Annual administration report of the Civil Veterinary Department of India - 1896-1897
Year: 1896
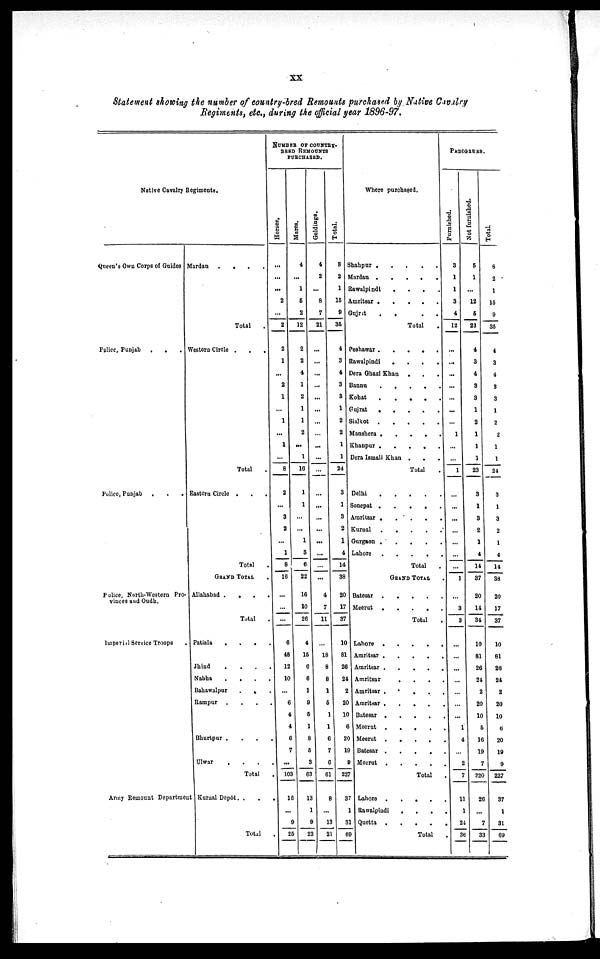
XX
Statement showing the number of country-bred Remounts purchased by Native Cavalry
Regiments, etc., during the official year 1896-97.
Native Cavalry Regiments.
Queen's Own Corps of Guides
Police, Punjab
.
.
.
Police, Punjab
.
.
.
Police, North-Western Pro-
vinces and Oudh.
Imperial Service Troops
Army Remount Department
Mardan .
.
.
.
Total .
Westorn Circle .
.
.
Total .
Eastern Circle .
.
.
Total
GRAND TOTAL .
Allahabad .
.
.
.
Total .
Patiala . . . .
Jhind . . . .
Nabha . . . .
Bahawalpur
. . . .
Rampur . . . .
Bhurtpur . . . . .
Ulwar . . .
Total .
Kurnal Depôt . . .
Total .
NUMBER OF COUNTRY-
BRED REMOUNTS
PURCHASED.
Horses.
...
...
...
2
...
2
2
1
...
2
1
...
1
...
1
...
8
2
...
3
2
...
1
8
16
...
...
...
6
48
12
10
...
6
4
4
6
7
...
103
16
...
9
25
Mares.
4
...
1
5
2
12
2
2
4
1
2
1
1
2
...
1
16
1
1
...
...
1
3
6
22
16
10
26
4
15
6
6
1
9
5
1
8
5
3
63
13
1
9
23
Geldings.
4
2
...
8
7
21
...
...
...
...
...
...
...
...
...
...
...
...
...
...
...
...
...
...
...
4
7
11
...
18
8
8
1
5
1
1
6
7
6
61
8
...
13
21
Total.
8
2
1
15
9
35
4
3
4
3
3
1
2
2
1
1
24
3
1
3
2
1
4
14
38
20
17
37
10
81
26
24
2
20
10
6
20
19
9
Where purchased.
Shahpur . . . . .
Mardan . . . . .
Rawalpindi . . . .
Amritsar . . . . .
Gujrit
. . . . .
Total .
Peshawar . . . . .
Rawalpindi . . . .
Dera Ghazi Khan . . .
Bannu . . . . .
Kohat . . . . .
Gujrat . . . .
Sialkot . . . .
Manshera . . . .
Khanpur . . . .
Dera Ismail Khan . . .
Total .
Delhi . . . .
Sonepat . . . .
Amritsar . . . .
Kurnal . . . .
Gurgaon . . . .
Lahore . . . . .
Total .
GRAND TOTAL .
Batesar . . . .
Meerut . . . .
Total .
Lahore . . . . .
Amritsar . . . . .
Amritsar . . . . .
Amritsar . . . . .
Amritsar . . . . .
Amritsar . . . . .
Batesar . . . . .
Meerut . . . . .
Meerut . . . . .
Batesar . . . . .
Meerut . . . . .
227
37
1
31
69
Lahore . . . . .
Rawalpindi . . . .
Quetta . . . . .
Total .
PEDIGREES.
Furnished.
3
1
1
3
4
12
...
...
...
...
...
...
...
1
...
...
1
...
...
...
...
...
...
...
1
...
3
3
...
...
...
...
...
...
...
1
4
...
2
Total
7
11
1
24
36
Not furnished
5
1
...
12
5
23
4
3
4
3
3
1
2
1
1
1
23
3
1
3
2
1
4
14
37
20
14
34
10
81
26
24
2
20
10
5
16
19
7
220
26
...
7
33
Total.
8
2
1
15
9
35
4
3
4
3
3
1
2
2
1
1
24
3
1
3
2
1
4
14
38
20
17
37
10
81
26
24
2
20
10
6
20
19
9
227
37
1
31
69